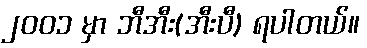
၂၀၀၁ မှာ ဘီအီး(အီးပီ) ရပါတယ်။